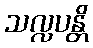
သလ္လပန္တိ